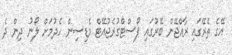
އޭގެ ތެރޭގައި ރާއްޖޭން ބޭރުގައި ޕޯސްޓްގުރެޖުއޭޓް މެޑިސިން ހެދުމަށް ލޯނު ދިން ދެ